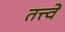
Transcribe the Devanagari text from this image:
तत्त्वें